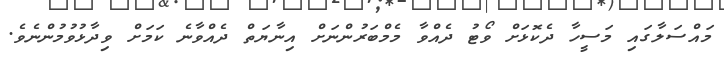
މައްސަލާގައި މަސީހާ ދެކޮޅަށް ވޯޓު ދެއްވާ މެމްބަރުންނަށް އިނާޔަތް ދެއްވާނެ ކަމަށް ވިދާޅުވުމުންނެވެ.